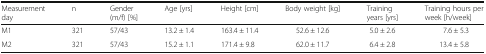
| Measurement day | n | Gender (m/f) [%] | Age [yrs] | Height [cm] | Body weight [kg] | Training years [yrs] | Training hours per week [h/week] |
 | --- | --- | --- | --- | --- | --- | --- | --- |
 | M1 | 321 | 57/43 | 13.2 ± 1.4 | 163.4 ± 11.4 | 52.6 ± 12.6 | 5.0 ± 2.6 | 7.6 ± 5.3 |
 | M2 | 321 | 57/43 | 15.2 ± 1.1 | 171.4 ± 9.8 | 62.0 ± 11.7 | 6.4 ± 2.8 | 13.4 ± 5.8 |